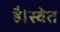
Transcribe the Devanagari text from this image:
है।स्वेत